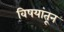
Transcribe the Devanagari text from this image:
विषयांतून